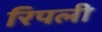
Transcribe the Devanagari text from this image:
रिपली